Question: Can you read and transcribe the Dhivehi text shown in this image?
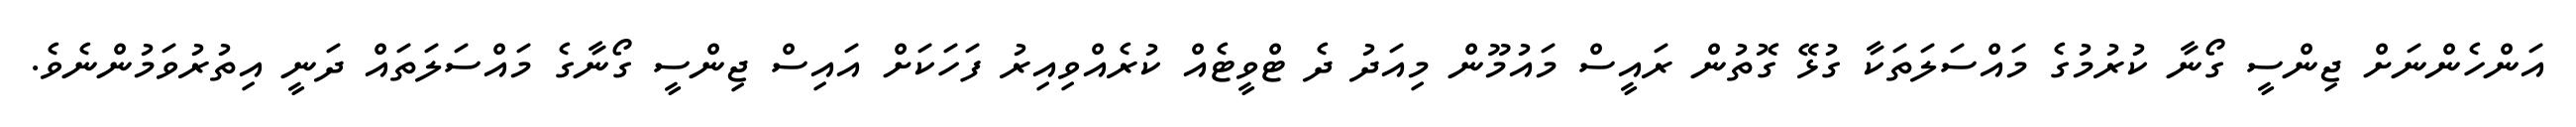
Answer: އަންހެންނަށް ޖިންސީ ގޯނާ ކުރުމުގެ މައްސަލަތަކާ ގުޅޭ ގޮތުން ރައީސް މައުމޫން މިއަދު ދެ ޓްވީޓެއް ކުރެއްވިއިރު ފަހަކަށް އައިސް ޖިންސީ ގޯނާގެ މައްސަލަތައް ދަނީ އިތުރުވަމުންނެވެ.